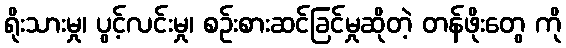
ရိုးသားမှု၊ ပွင့်လင်းမှု၊ စဉ်းစားဆင်ခြင်မှုဆိုတဲ့ တန်ဖိုးတွေ ကို